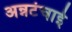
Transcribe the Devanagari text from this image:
अन्नटंचाई